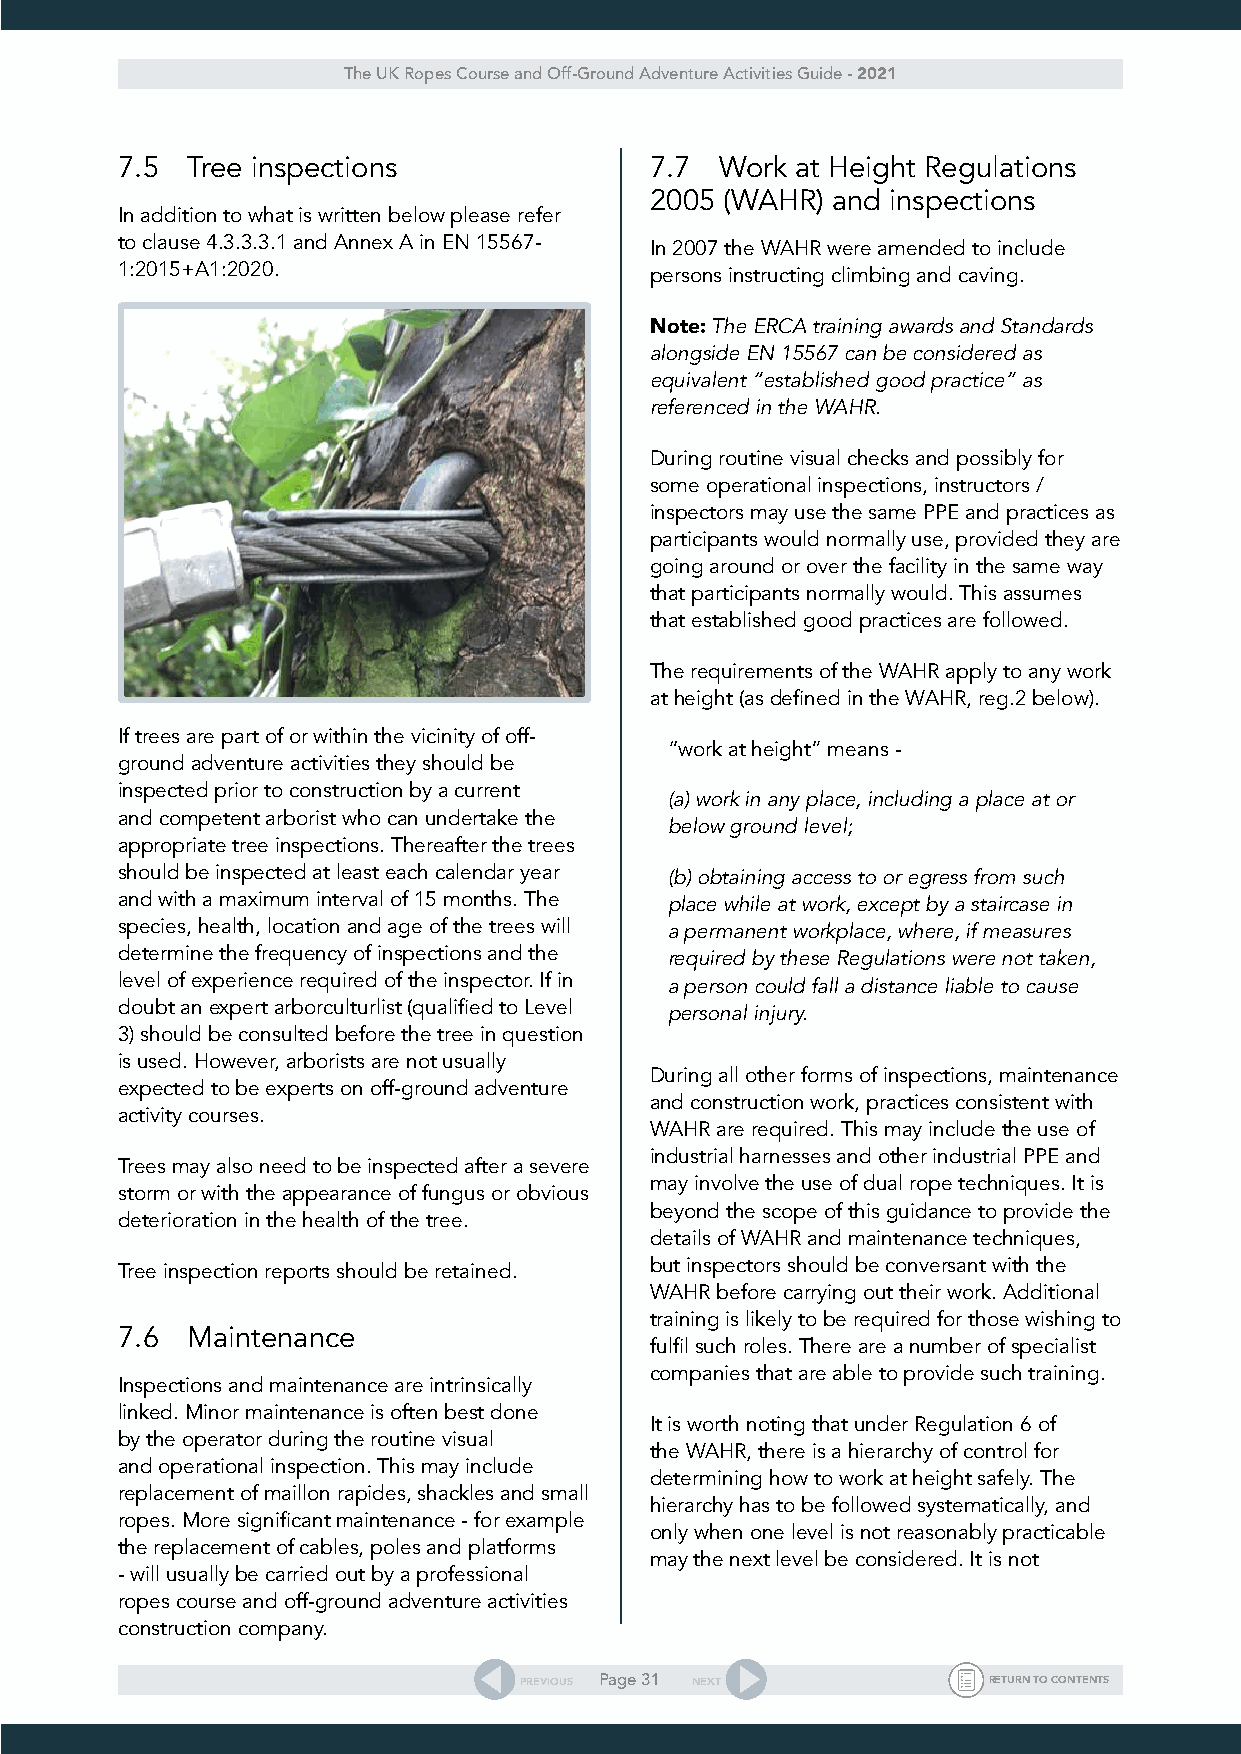
The UK Ropes Course and Off-Ground Adventure Activities Guide - 2021
 7.5 Tree inspections               7.7  Work at Height Regulations
 2005 (WAHR) and inspections
 In addition to what is written below please refer
 to clause 4.3.3.3.1 and Annex A in EN 15567- In 2007 the WAHR were amended to include
 1:2015+A1:2020.                    persons instructing climbing and caving.
 Note: The ERCA training awards and Standards
 alongside EN 15567 can be considered as
 equivalent “established good practice” as
 referenced in the WAHR.
 During routine visual checks and possibly for
 some operational inspections, instructors /
 inspectors may use the same PPE and practices as
 participants would normally use, provided they are
 going around or over the facility in the same way
 that participants normally would. This assumes
 that established good practices are followed.
 The requirements of the WAHR apply to any work
 at height (as defined in the WAHR, reg.2 below).
 If trees are part of or within the vicinity of off-
 “work at height” means -
 ground adventure activities they should be
 inspected prior to construction by a current
 (a) work in any place, including a place at or
 and competent arborist who can undertake the
 below ground level;
 appropriate tree inspections. Thereafter the trees
 should be inspected at least each calendar year (b) obtaining access to or egress from such
 and with a maximum interval of 15 months. The place while at work, except by a staircase in
 species, health, location and age of the trees will a permanent workplace, where, if measures
 determine the frequency of inspections and the required by these Regulations were not taken,
 level of experience required of the inspector. If in a person could fall a distance liable to cause
 doubt an expert arborculturlist (qualified to Level personal injury.
 3) should be consulted before the tree in question
 is used. However, arborists are not usually
 During all other forms of inspections, maintenance
 expected to be experts on off-ground adventure
 and construction work, practices consistent with
 activity courses.
 WAHR are required. This may include the use of
 industrial harnesses and other industrial PPE and
 Trees may also need to be inspected after a severe
 may involve the use of dual rope techniques. It is
 storm or with the appearance of fungus or obvious
 beyond the scope of this guidance to provide the
 deterioration in the health of the tree.
 details of WAHR and maintenance techniques,
 but inspectors should be conversant with the
 Tree inspection reports should be retained.
 WAHR before carrying out their work. Additional
 training is likely to be required for those wishing to
 7.6 Maintenance
 fulfil such roles. There are a number of specialist
 companies that are able to provide such training.
 Inspections and maintenance are intrinsically
 linked. Minor maintenance is often best done
 It is worth noting that under Regulation 6 of
 by the operator during the routine visual
 the WAHR, there is a hierarchy of control for
 and operational inspection. This may include
 determining how to work at height safely. The
 replacement of maillon rapides, shackles and small
 hierarchy has to be followed systematically, and
 ropes. More significant maintenance - for example
 only when one level is not reasonably practicable
 the replacement of cables, poles and platforms
 may the next level be considered. It is not
 - will usually be carried out by a professional
 ropes course and off-ground adventure activities
 construction company.
 PREVIOUS Page 31 NEXT          RETURN TO CONTENTS